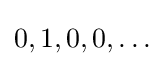
0,1,0,0,\ldots